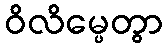
ဝိလိမ္ပေတွာ